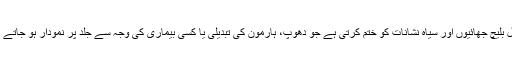
فیشل بلیچ جھائیوں اور سیاہ نشانات کو ختم کرتی ہے جو دھوپ، ہارمون کی تبدیلی یا کسی بیماری کی وجہ سے جلد پر نمودار ہو جاتے ہیں۔